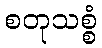
စတုသစ္စံ